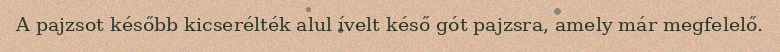
A pajzsot később kicserélték alul ívelt késő gót pajzsra, amely már megfelelő.